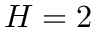
H = 2